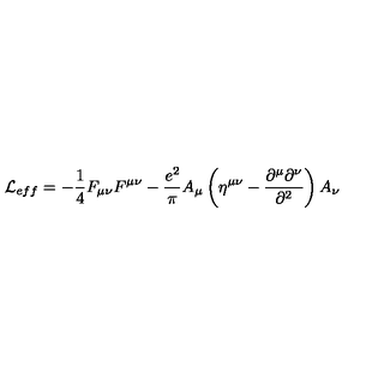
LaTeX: { \cal L } _ { e f f } = - { \frac { 1 } { 4 } } F _ { \mu \nu } F ^ { \mu \nu } - { \frac { e ^ { 2 } } { \pi } } A _ { \mu } \left( \eta ^ { \mu \nu } - { \frac { \partial ^ { \mu } \partial ^ { \nu } } { \partial ^ { 2 } } } \right) A _ { \nu }